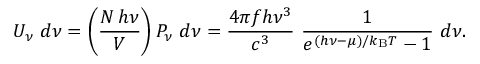
U _ { \nu } ~ d \nu = \left( { \frac { N \, h \nu } { V } } \right) P _ { \nu } ~ d \nu = { \frac { 4 \pi f h \nu ^ { 3 } } { c ^ { 3 } } } ~ { \frac { 1 } { e ^ { ( h \nu - \mu ) / k _ { \mathrm { { B } } } T } - 1 } } ~ d \nu .